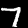
Label: 7